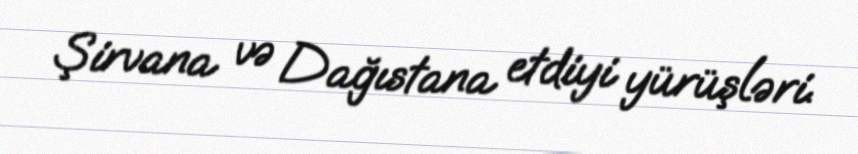
Şirvana və Dağıstana etdiyi yürüşləri.